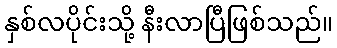
နှစ်လပိုင်းသို့ နီးလာပြီဖြစ်သည်။